system: You are a helpful assistant.
user:
Analyze the provided spectrum to determine if it is a **Carbon Star (C-type)**.

- **Key Visual Indicators of Carbon Star:**
    - **(Primary):** Strong molecular absorption from **C₂ (diatomic carbon) "Swan Bands."** This is the **defining feature** of a carbon star.
        - **(Key Bandheads):** Sharp absorption edges are visible at approximately $5635$ Å, $5165$ Å (the strongest band), and $4737$ Å.
        - **(Line Profile):** Creates a distinct **"saw-tooth"** pattern. The key morphology is a sharp, steep bandhead on the **red (long-wavelength) side**, which then gradually tapers off (i.e., flux recovers) towards the **blue (short-wavelength) side**. *(This is the direct opposite of the TiO bands seen in M-type stars)*.

    - **(Secondary):** Intense **CN (cyanogen)** molecular absorption bands.
        - **(Key Bandheads):** Located in the blue and violet regions of the spectrum (e.g., near $4215$ Å and $3883$ Å).
        - **(Morphology):** These bands are extremely broad and act as a "blanket," absorbing the vast majority of blue and violet light. This creates a characteristic **"cliff"** or **"steep drop-off"** in the spectrum's flux at short wavelengths.

    - **(Key Confirmation):** Strong **CH absorption band (G-band)**.
        - **(Key Bandhead):** Located around $4300$ Å. The contribution from CH molecules to this band is exceptionally strong.

    - **(Overall Spectrum):**
        - The continuum is severely "chopped up" by these deep molecular bands, especially C₂, rather than appearing as a smooth curve.
        - Due to the heavy CN and C₂ absorption in the blue-green, the vast majority of the star's flux is concentrated in the red part of the spectrum, giving the star its characteristic deep red color.

Think first, call **spectral_visualization_tool** if needed to examine features in detail, then provide your final answer. Your response must adhere to the following strict rules:
1.  **Overall Structure:** Your response must follow the format `<think>...</think> <tool_call>...</tool_call> (if a tool is used) <answer>...</answer>`.
2.  **Tool Usage Constraint:** You may only make **one** tool call per turn.
3.  **Final Answer Format:** In the `<answer>` tag, your conclusion must be inside a `\boxed{}` command (e.g., `\boxed{YES}`), followed by your justification.

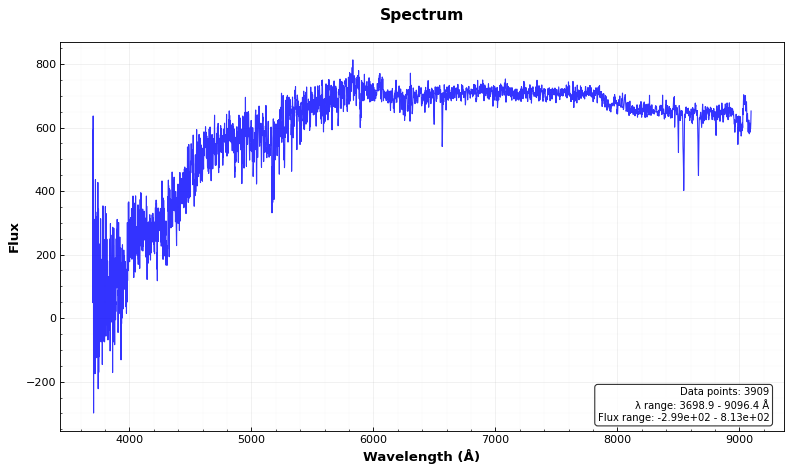
Answer: NO